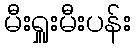
မီးရှူးမီးပန်း